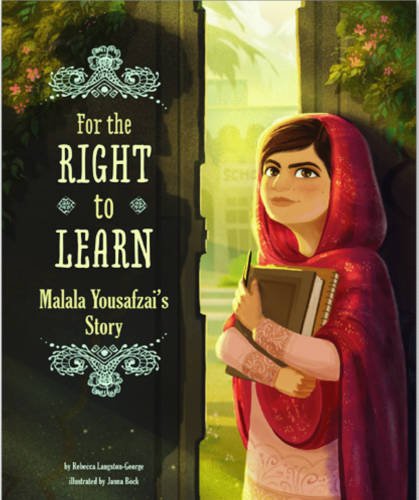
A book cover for For the Right to Learn: Malala Yousafzai's Story (Encounter: Narrative Nonfiction Picture Books); Rebecca Langston-George; Children's Books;